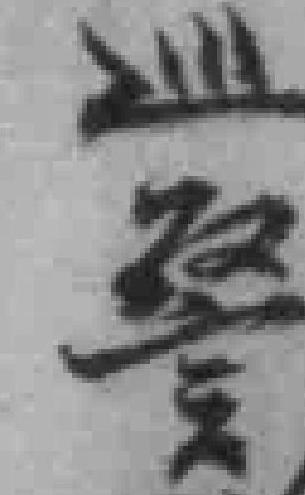
巡警